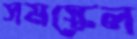
সমস্কেল